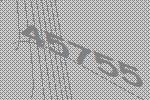
45755